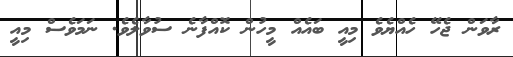
ރާވަން ޖެހޭ ހެއްޔެވެ މިއީ ބައެއް މީހުން ކޮއްފާނެ ސުވާލެވެ. ނަމަވެސް މިއީ